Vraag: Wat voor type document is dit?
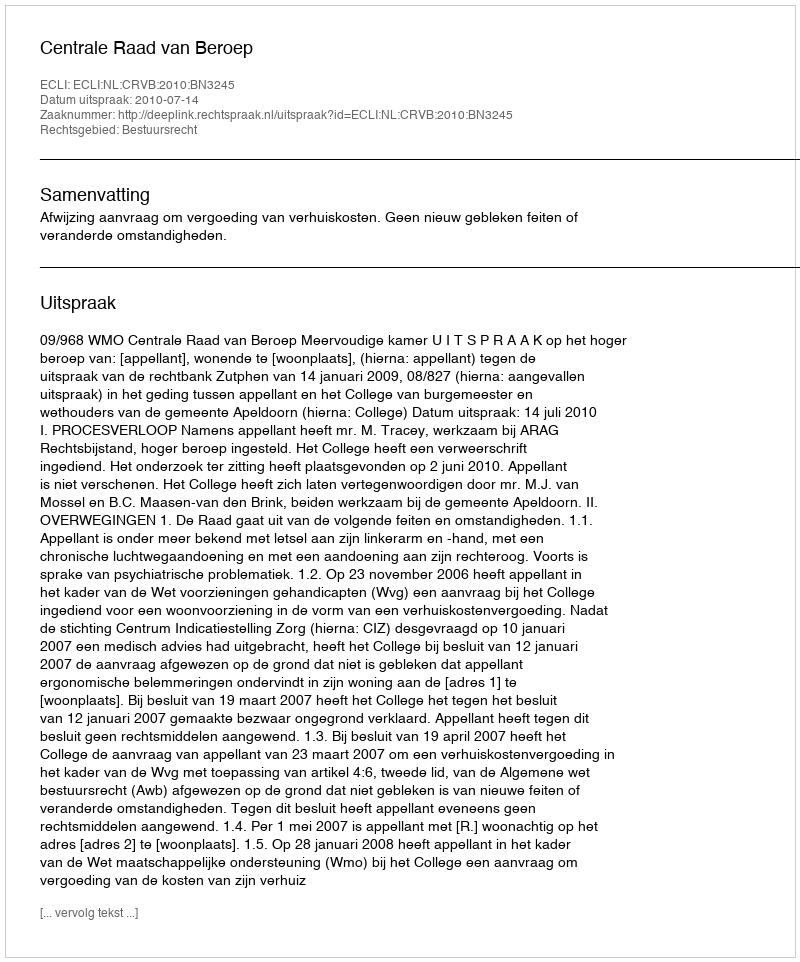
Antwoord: Uitspraak